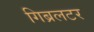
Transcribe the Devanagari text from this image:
गिब्रलटर